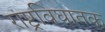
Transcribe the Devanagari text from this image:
राष्ट्रविघातक